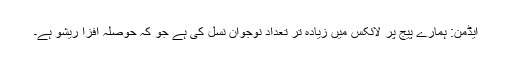
ایڈمن: ہمارے پیج پر لائکس میں زیادہ تر تعداد نوجوان نسل کی ہے جو کہ حوصلہ افزا ریشو ہے۔